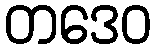
တဒေဝ